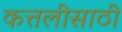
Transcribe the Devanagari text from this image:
कत्तलीसाठी